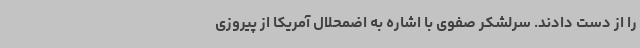
را از دست دادند. سرلشکر صفوی با اشاره به اضمحلال آمریکا از پیروزی